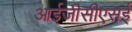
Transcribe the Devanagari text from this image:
आईजीसीएसई